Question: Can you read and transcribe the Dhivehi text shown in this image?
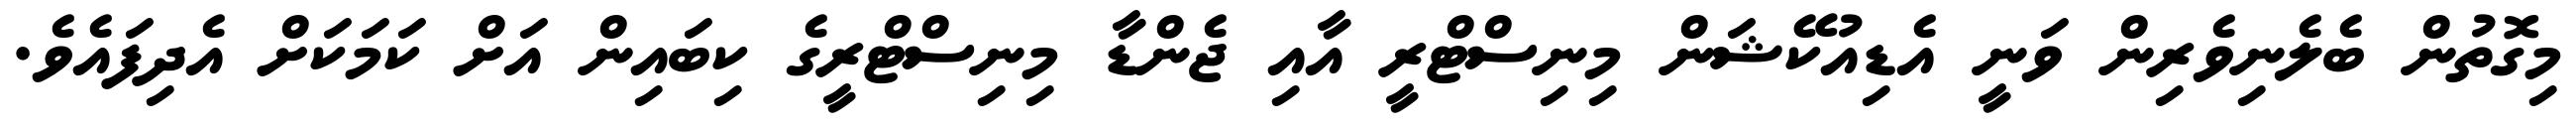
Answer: މިގޮތުން ބެލެނިވެރިން ވަނީ އެޑިއުކޭޝަން މިނިސްޓްރީ އާއި ޖެންޑާ މިނިސްޓްރީގެ ކިބައިން އަށް ކަމަކަށް އެދިފައެވެ.